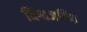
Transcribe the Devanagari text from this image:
विश्वजनित